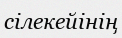
сілекейінің